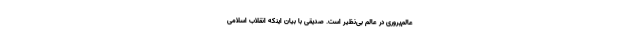
عالم‌پروری در عالم بی‌نظیر است. صدیقی با بیان اینکه انقلاب اسلامی